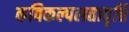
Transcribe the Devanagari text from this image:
कविकल्पलतावृत्ति